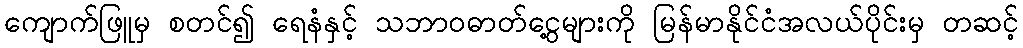
ကျောက်ဖြူမှ စတင်၍ ရေနံနှင့် သဘာဝဓာတ်ငွေ့များကို မြန်မာနိုင်ငံအလယ်ပိုင်းမှ တဆင့်